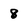
Character: 8